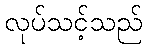
လုပ်သင့်သည်